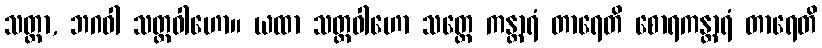
သတ္ထာ, ဘဂဝါ သတ္ထဝါဟော။ ယထာ သတ္ထဝါဟော သတ္ထေ ကန္တာရံ တာရေတိ စောရကန္တာရံ တာရေတိ